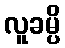
လူခမ္ပိ